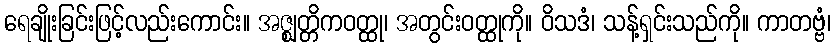
ရေချိုးခြင်းဖြင့်လည်းကောင်း။ အဇ္ဈတ္တိကဝတ္ထု၊ အတွင်းဝတ္ထုကို။ ဝိသဒံ၊ သန့်ရှင်းသည်ကို။ ကာတဗ္ဗံ၊